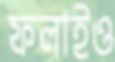
ফলাইও